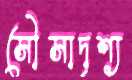
সৌসাদৃশ্য